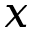
x